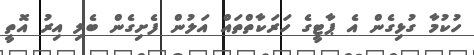
ހުކުމާ ގުޅިގެން އެ ޕާޓީގެ ހަރަކާތްތައް އަލުން ފެށިގެން ބެލި އިރު އޮތީ